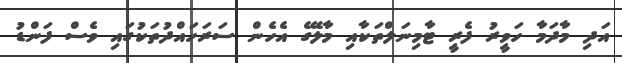
އަދި މާދަމާ ހަވީރު ފެރީ ޓާމިނަލްތަކާއި މާލޭގެ އެހެން ސަރަހައްދުތަކުގައި ވެސް ފަންޑު